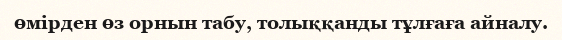
өмірден өз орнын табу, толыққанды тұлғаға айналу.